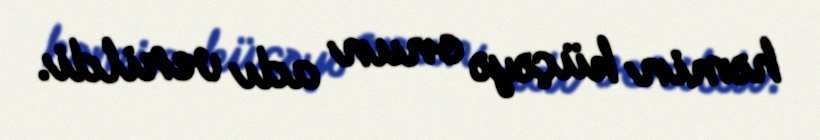
həmin küçəyə onun adı verildi.